Veterinary [1909] -
Year: 1909
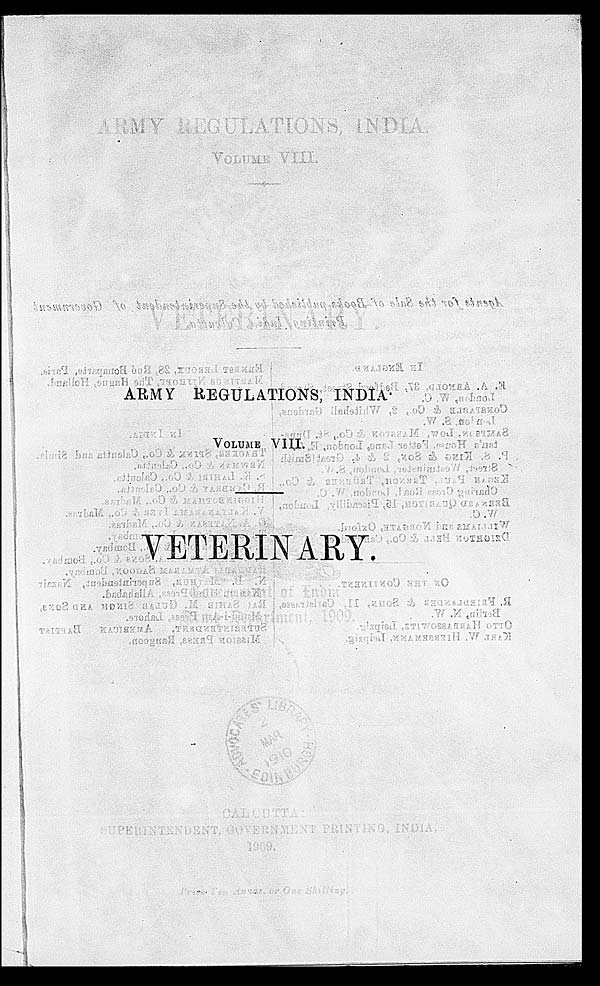
ARMY REGULATIONS, INDIA
VOLUME VIII.
VETERINARY.